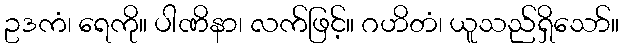
ဥဒကံ၊ ရေကို။ ပါဏိနာ၊ လက်ဖြင့်။ ဂဟိတံ၊ ယူသည်ရှိသော်။